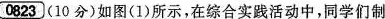
0823 （10分）如图（1）所示，在综合实践活动中，同学们制